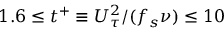
1 . 6 \leq t ^ { + } \equiv U _ { \tau } ^ { 2 } / ( f _ { s } \nu ) \leq 1 0